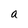
Character: a